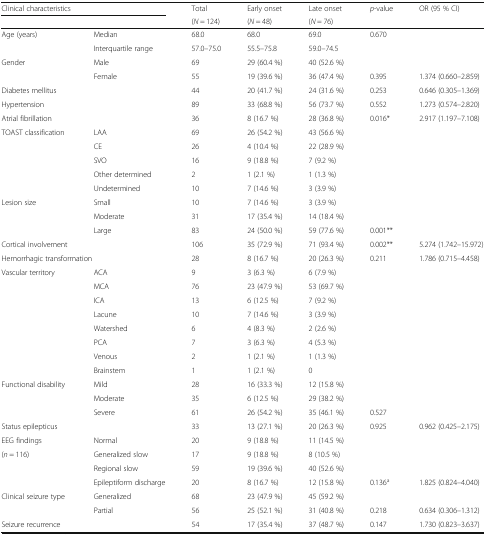
<table><thead><tr><td colspan="2"><b>Clinical characteristics</b></td><td><b>Total</b></td><td><b>Early onset</b></td><td><b>Late onset</b></td><td><b><i>p</i>-value</b></td><td><b>OR (95 % CI)</b></td></tr><tr><td colspan="2"></td><td><b>(<i>N</i> = 124)</b></td><td><b>(<i>N</i> = 48)</b></td><td><b>(<i>N</i> = 76)</b></td><td></td><td></td></tr></thead><tbody><tr><td>Age (years)</td><td>Median</td><td>68.0</td><td>68.0</td><td>69.0</td><td>0.670</td><td></td></tr><tr><td></td><td>Interquartile range</td><td>57.0–75.0</td><td>55.5–75.8</td><td>59.0–74.5</td><td></td><td></td></tr><tr><td>Gender</td><td>Male</td><td>69</td><td>29 (60.4 %)</td><td>40 (52.6 %)</td><td></td><td></td></tr><tr><td></td><td>Female</td><td>55</td><td>19 (39.6 %)</td><td>36 (47.4 %)</td><td>0.395</td><td>1.374 (0.660–2.859)</td></tr><tr><td>Diabetes mellitus</td><td></td><td>44</td><td>20 (41.7 %)</td><td>24 (31.6 %)</td><td>0.253</td><td>0.646 (0.305–1.369)</td></tr><tr><td>Hypertension</td><td></td><td>89</td><td>33 (68.8 %)</td><td>56 (73.7 %)</td><td>0.552</td><td>1.273 (0.574–2.820)</td></tr><tr><td>Atrial fibrillation</td><td></td><td>36</td><td>8 (16.7 %)</td><td>28 (36.8 %)</td><td>0.016*</td><td>2.917 (1.197–7.108)</td></tr><tr><td>TOAST classification</td><td>LAA</td><td>69</td><td>26 (54.2 %)</td><td>43 (56.6 %)</td><td></td><td></td></tr><tr><td></td><td>CE</td><td>26</td><td>4 (10.4 %)</td><td>22 (28.9 %)</td><td></td><td></td></tr><tr><td></td><td>SVO</td><td>16</td><td>9 (18.8 %)</td><td>7 (9.2 %)</td><td></td><td></td></tr><tr><td></td><td>Other determined</td><td>2</td><td>1 (2.1 %)</td><td>1 (1.3 %)</td><td></td><td></td></tr><tr><td></td><td>Undetermined</td><td>10</td><td>7 (14.6 %)</td><td>3 (3.9 %)</td><td></td><td></td></tr><tr><td>Lesion size</td><td>Small</td><td>10</td><td>7 (14.6 %)</td><td>3 (3.9 %)</td><td></td><td></td></tr><tr><td></td><td>Moderate</td><td>31</td><td>17 (35.4 %)</td><td>14 (18.4 %)</td><td></td><td></td></tr><tr><td></td><td>Large</td><td>83</td><td>24 (50.0 %)</td><td>59 (77.6 %)</td><td>0.001**</td><td></td></tr><tr><td>Cortical involvement</td><td></td><td>106</td><td>35 (72.9 %)</td><td>71 (93.4 %)</td><td>0.002**</td><td>5.274 (1.742–15.972)</td></tr><tr><td colspan="2">Hemorrhagic transformation</td><td>28</td><td>8 (16.7 %)</td><td>20 (26.3 %)</td><td>0.211</td><td>1.786 (0.715–4.458)</td></tr><tr><td>Vascular territory</td><td>ACA</td><td>9</td><td>3 (6.3 %)</td><td>6 (7.9 %)</td><td></td><td></td></tr><tr><td></td><td>MCA</td><td>76</td><td>23 (47.9 %)</td><td>53 (69.7 %)</td><td></td><td></td></tr><tr><td></td><td>ICA</td><td>13</td><td>6 (12.5 %)</td><td>7 (9.2 %)</td><td></td><td></td></tr><tr><td></td><td>Lacune</td><td>10</td><td>7 (14.6 %)</td><td>3 (3.9 %)</td><td></td><td></td></tr><tr><td></td><td>Watershed</td><td>6</td><td>4 (8.3 %)</td><td>2 (2.6 %)</td><td></td><td></td></tr><tr><td></td><td>PCA</td><td>7</td><td>3 (6.3 %)</td><td>4 (5.3 %)</td><td></td><td></td></tr><tr><td></td><td>Venous</td><td>2</td><td>1 (2.1 %)</td><td>1 (1.3 %)</td><td></td><td></td></tr><tr><td></td><td>Brainstem</td><td>1</td><td>1 (2.1 %)</td><td>0</td><td></td><td></td></tr><tr><td>Functional disability</td><td>Mild</td><td>28</td><td>16 (33.3 %)</td><td>12 (15.8 %)</td><td></td><td></td></tr><tr><td></td><td>Moderate</td><td>35</td><td>6 (12.5 %)</td><td>29 (38.2 %)</td><td></td><td></td></tr><tr><td></td><td>Severe</td><td>61</td><td>26 (54.2 %)</td><td>35 (46.1 %)</td><td>0.527</td><td></td></tr><tr><td>Status epilepticus</td><td></td><td>33</td><td>13 (27.1 %)</td><td>20 (26.3 %)</td><td>0.925</td><td>0.962 (0.425–2.175)</td></tr><tr><td>EEG findings</td><td>Normal</td><td>20</td><td>9 (18.8 %)</td><td>11 (14.5 %)</td><td></td><td></td></tr><tr><td>(<i>n</i> = 116)</td><td>Generalized slow</td><td>17</td><td>9 (18.8 %)</td><td>8 (10.5 %)</td><td></td><td></td></tr><tr><td></td><td>Regional slow</td><td>59</td><td>19 (39.6 %)</td><td>40 (52.6 %)</td><td></td><td></td></tr><tr><td></td><td>Epileptiform discharge</td><td>20</td><td>8 (16.7 %)</td><td>12 (15.8 %)</td><td>0.136<sup>a</sup></td><td>1.825 (0.824–4.040)</td></tr><tr><td>Clinical seizure type</td><td>Generalized</td><td>68</td><td>23 (47.9 %)</td><td>45 (59.2 %)</td><td></td><td></td></tr><tr><td></td><td>Partial</td><td>56</td><td>25 (52.1 %)</td><td>31 (40.8 %)</td><td>0.218</td><td>0.634 (0.306–1.312)</td></tr><tr><td>Seizure recurrence</td><td></td><td>54</td><td>17 (35.4 %)</td><td>37 (48.7 %)</td><td>0.147</td><td>1.730 (0.823–3.637)</td></tr></tbody></table>